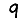
Digit: 9